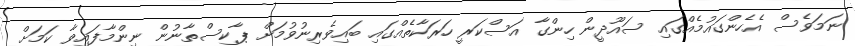
ނަމަވެސް އެހެންގައުމެއްގައި ސައޫދީން ހިންގާ އަސްކަރީ ހަރަކާތެއްގައި ބައިވެރިނުވުމަށް ޕާކިސްތާނުން ނިންމާފައިވާ ކަމަށް